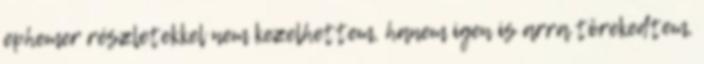
ephemer részletekkel nem kezelhettem, hanem igen is arra törekedtem,